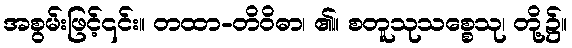
အစွမ်းဖြင့်၎င်း။ တထာ-တိဝိဓာ၊ ၏။ စတူသုသစ္စေသု၊ တို့၌။